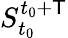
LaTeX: S_{t_{0}}^{t_{0}+\mathsf{T}}